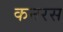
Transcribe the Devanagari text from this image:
कनरस